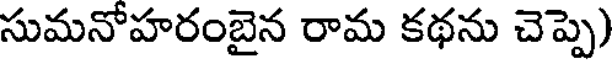
సుమనోహరంబైన రామ కథను చెప్పె)